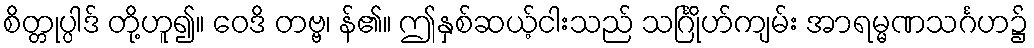
စိတ္တုပ္ပါဒ် တို့ဟူ၍။ ဝေဒိ တဗ္ဗ၊ န်၏။ ဤနှစ်ဆယ့်ငါးသည် သင်္ဂြိုဟ်ကျမ်း အာရမ္မဏသင်္ဂဟ၌